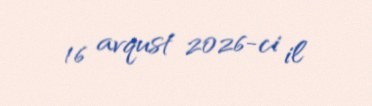
16 avqust 2026-ci il